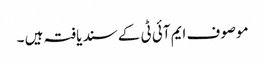
موصوف ایم آئی ٹی کے سند یافتہ ہیں ۔